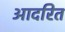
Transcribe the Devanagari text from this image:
आदरित